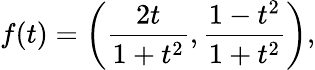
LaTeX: f(t)=\left({\frac{2t}{1+t^{2}}},{\frac{1-t^{2}}{1+t^{2}}}\right),